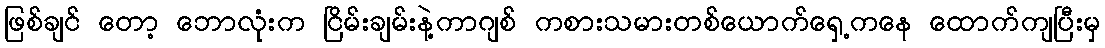
ဖြစ်ချင် တော့ ဘောလုံးက ငြိမ်းချမ်းနဲ့ကာဂျစ် ကစားသမားတစ်ယောက်ရှေ့ကနေ ထောက်ကျပြီးမှ